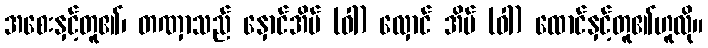
အစေးနှင့်တူ၏၊ တဏှာသည် နှောင်အိမ် (ဝါ) လှောင် အိမ် (ဝါ) ထောင်နှင့်တူ၏ဟူလို။